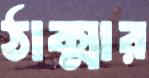
ঠাক্মার